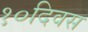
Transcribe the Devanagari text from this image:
१०दिवस